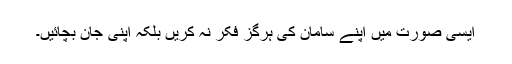
ایسی صورت میں اپنے سامان کی ہرگز فکر نہ کریں بلکہ اپنی جان بچائیں۔